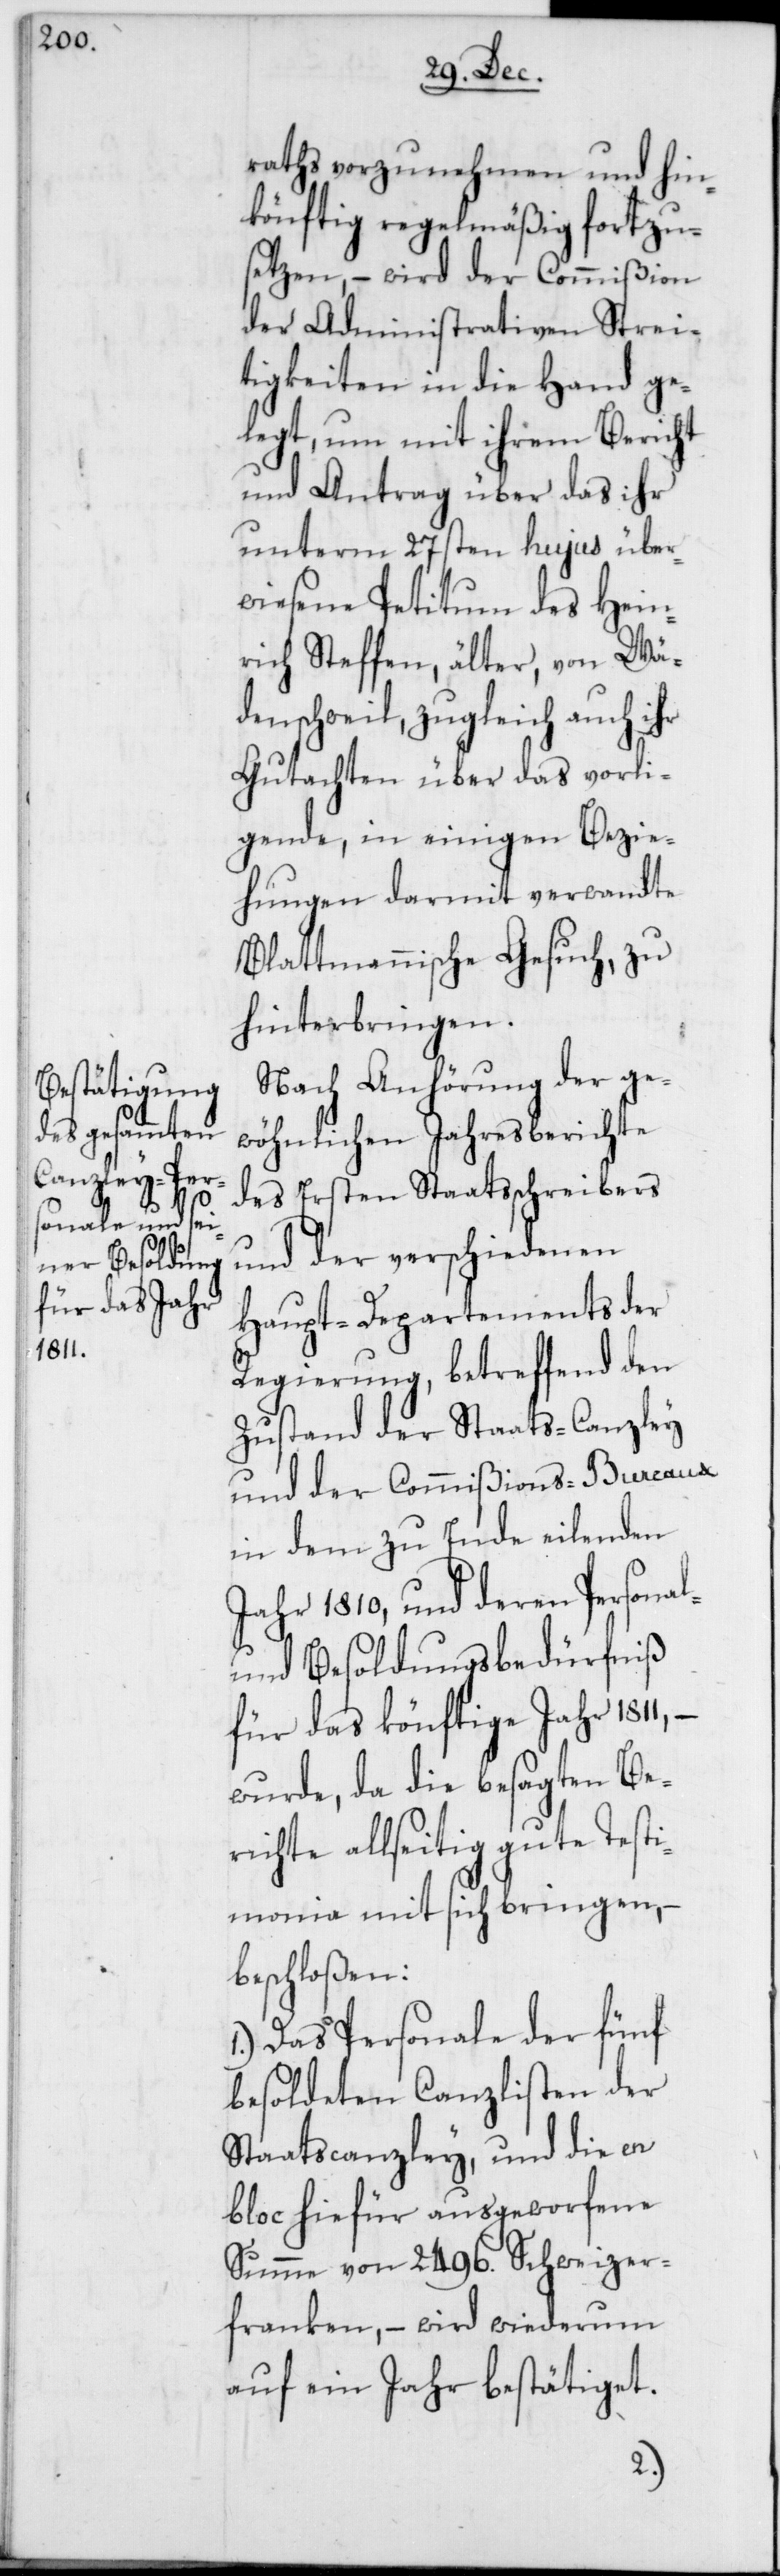
raths vorzunehmen und hin¬
könftig regelmäßig fortzu¬
setzen, – wird der Commißion
der Administrativen Strei¬
tigkeiten in die Hand ge¬
legt, um mit ihrem Bericht
und Antrag über das ihr
unterm 27sten hujus über¬
wiesene Petitum des Hein¬
rich Steffen, älter, von Wä¬
denschweil, zugleich auch ihr
Gutachten über das vorli¬
gende, in einigen Bezie¬
hungen darmit verwandte
Blattmannische Gesuch, zu
hinterbringen.
Nach Anhörung der ge¬
wöhnlichen Jahresberichte
des Ersten Staatsschreibers
und der verschiedenen
Haupt-Departements der
Regierung, betreffend den
Zustand der Staats-Canzley
und der Commißions-Bureaux
in dem zu Ende eilenden
Jahr 1810, und deren Personal-
und Besoldungsbedürfniß
für das könftige Jahr 1811,
wurde, da die besagten Be¬
richte allseitig gute Testi¬
monia mit sich bringen, –
beschloßen:
1.) Das Personale der fünf
besoldeten Canzlisten der
Staatscanzley, und die en
bloc hiefür ausgeworfene
Summe von 2496. Schweizer¬
franken, – wird wiederum
auf ein Jahr bestätiget.